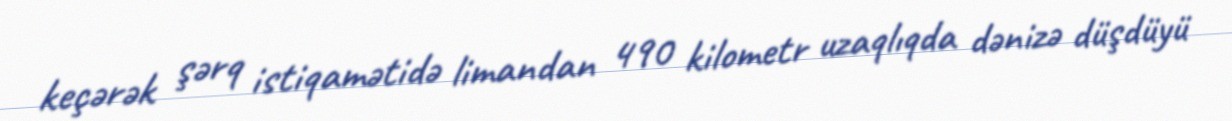
keçərək şərq istiqamətidə limandan 490 kilometr uzaqlıqda dənizə düşdüyü